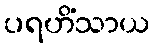
ပရဟိံသာယ